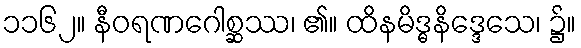
၁၁၆၂။ နီဝရဏဂေါစ္ဆဿ၊ ၏။ ထိနမိဒ္ဓနိဒ္ဒေသေ၊ ၌။